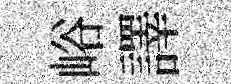
峪譯